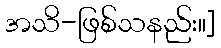
အသိ-ဖြစ်သနည်း။]